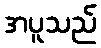
အပူသည်